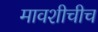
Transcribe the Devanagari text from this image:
मावशीचीच